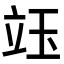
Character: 𥩨